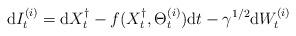
LaTeX: \begin{align*}{\rm d} I_t^{(i)} = {\rm d}X_t^\dagger - f(X_t^\dagger,\Theta_t^{(i)} ) {\rm d}t - \gamma^{1/2} {\rm d}W_t^{(i)} \end{align*}